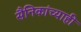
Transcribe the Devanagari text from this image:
सैनिकांच्याही